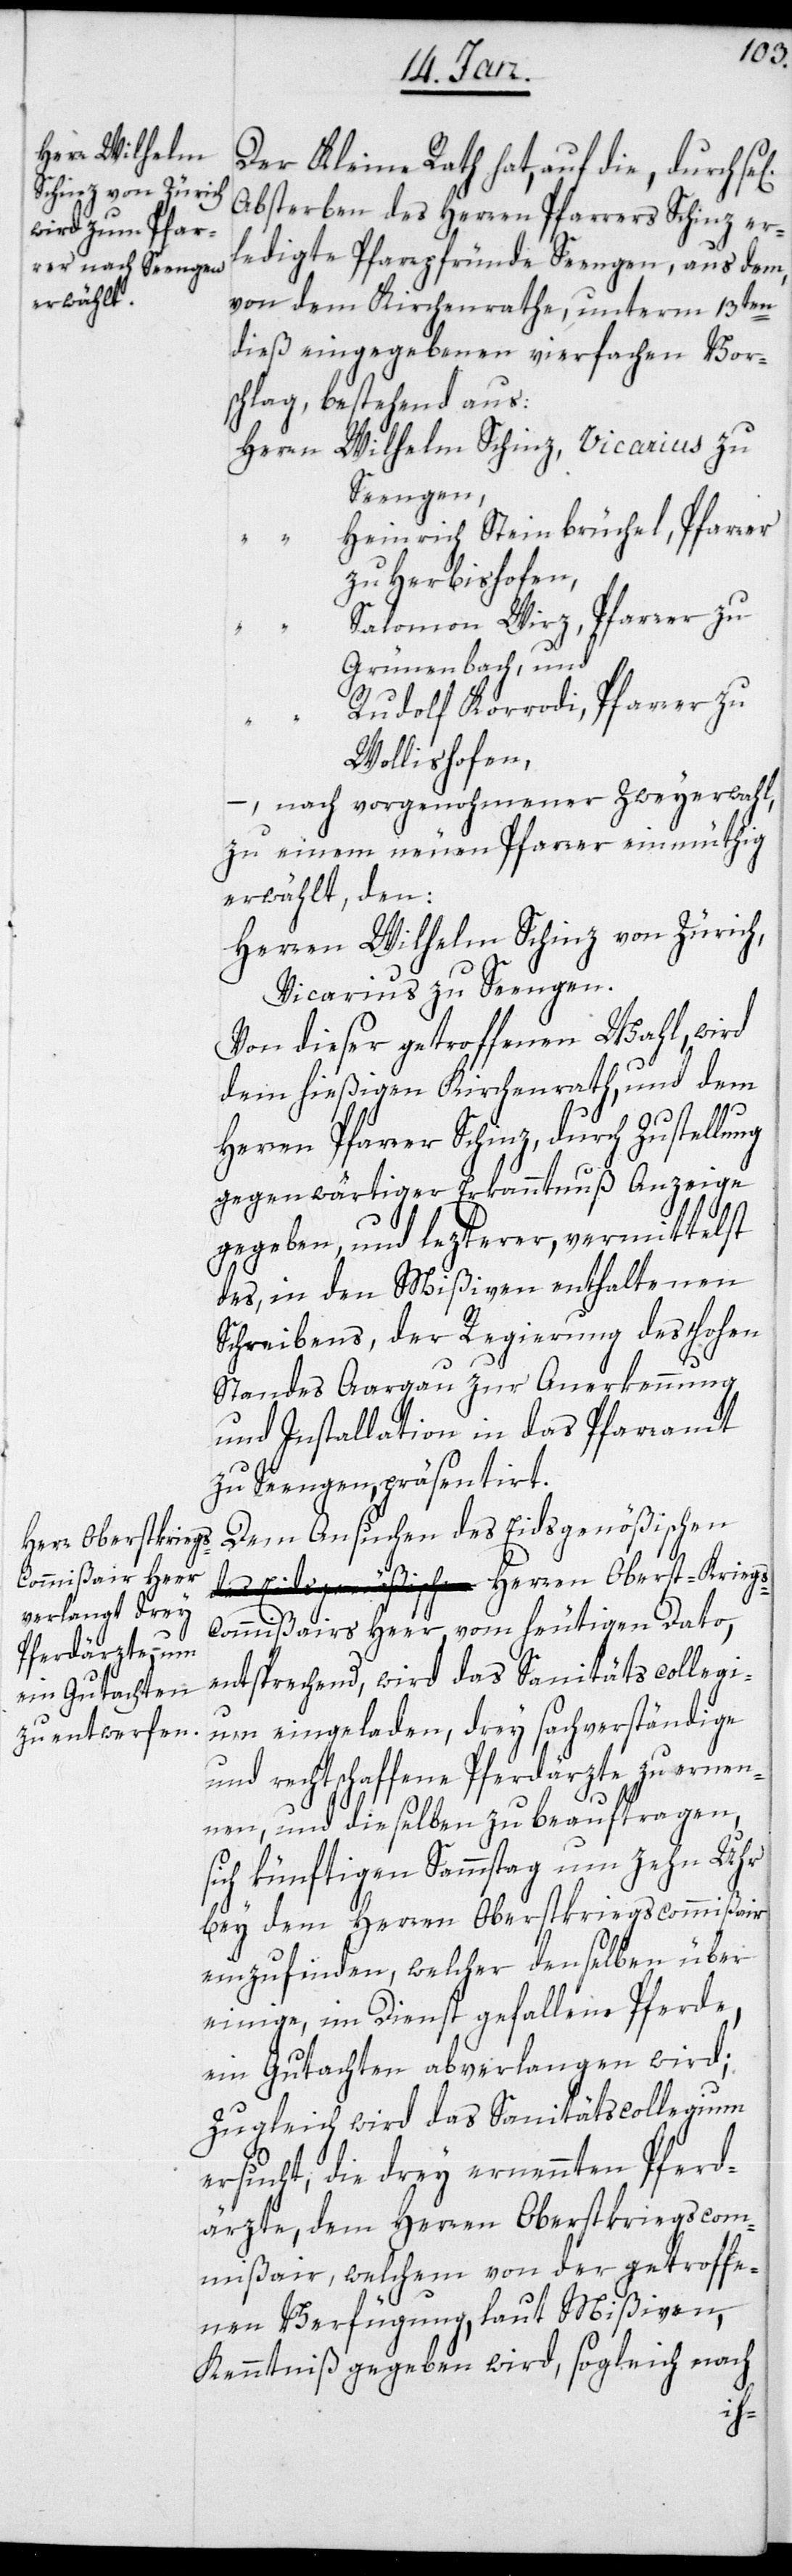
Herren Oberst-Krieg¬

Der Kleine Rath hat, auf die, durch
Absterben des Herrn Pfarrers Schinz er¬
ledigte Pfarrpfründe Seengen, aus dem,
von dem Kirchenrathe, unterm 13ten
dieß eingegebenen vierfachen Vor¬
schlag, bestehend aus:
Herrn Wilhelm Schinz, Vicarius zu
Seengen,
Heinrich Steinbrüchel, Pfarrer
zu Herbishofen,
Salomon Wirz, Pfarrer zu
Grünenbach, und
Rudolf Korrodi, Pfarrer zu
Wollishofen,
– nach vorgenohmener Zweyerwahl,
zu einem neuen Pfarrer einmüthig
erwählt, den:
Herren Wilhelm Schinz von Zürich,
Vicarius zu Seengen.
Von dieser getroffenen Wahl, wird
dem hießigen Kirchenrath, und dem
Herren Pfarrer Schinz, durch Zustellung
gegenwärtiger Erkanntnuß Anzeige
gegeben, und lezterer, vermittelst
des, in den Mißiven enthaltenen
Schreibens, der Regierung des hohen
Standes Aargau zur Anerkennung
und Installation in das Pfarramt
zu Seengen, präsentiert.
Dem Ansuchen des Eidsgenößischen
ommißair Heer, vom heutigen Dato,
entsprechend, wird das Sanitätscollegi¬
um eingeladen, drey sachverständige
und rechtschaffene Pferdärzte zu ernen¬
nen, und dieselben zu beauftragen,
sich künftigen Sammstag um zehn Uhr
bey dem Herren Oberstkriegscommißair
einzufinden, welcher denselben über
einige, in Dienst gefallene Pferde,
ein Gutachten abverlangen wird;
Zugleich wird das Sanitätscollegium
ersucht, die drey ernennten Pferd¬
ärzte, dem Herren Oberstkriegscom¬
mißair, welchem von der getroffe¬
nen Verfügung, laut Mißiven,
Kenntniß gegeben wird, sogleich nach
s-C¬